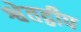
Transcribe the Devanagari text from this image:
श्वेतद्वीप